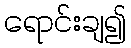
ရောင်းချ၍